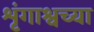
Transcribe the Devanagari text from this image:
शृंगाश्वच्या